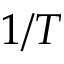
1 / T